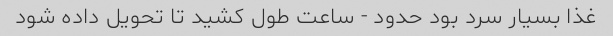
غذا بسیار سرد بود حدود - ساعت طول کشید تا تحویل داده شود